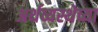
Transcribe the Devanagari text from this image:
अर्थव्यस्थेच्या